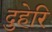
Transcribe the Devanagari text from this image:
दुहेरि